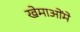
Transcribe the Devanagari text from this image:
खेमाओंमे